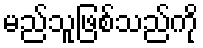
မည်သူဖြစ်သည်ကို